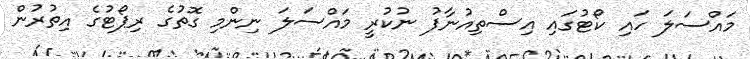
މައްސަލަ ހައި ކޯޓުގައި އިސްތިއުނާފު ނުކުރީ މައްސަލަ ނިންމި ގޮތުގެ ރިޕޯޓުގެ އިތުރުން